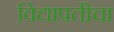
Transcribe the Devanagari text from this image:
विद्यापतीचा